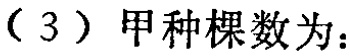
（3）甲种棵数为：